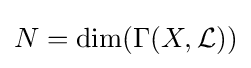
N={\text{dim}}(\Gamma (X,{\mathcal {L}}))